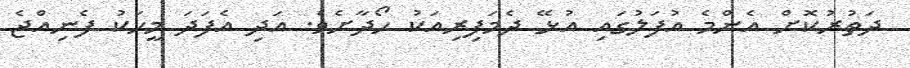
ދަތުރުކޮށް އެންމެ އުފަލުގައި އުޅޭ ދެމަފިރިއަކު ހޯދާށެވެ. އަދި އެފަދަ މީހަކު ފެނިއްޖެ